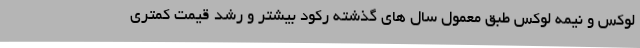
لوکس و نیمه لوکس طبق معمول سال های گذشته رکود بیشتر و رشد قیمت کمتری